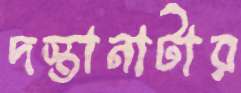
দস্তানাটার